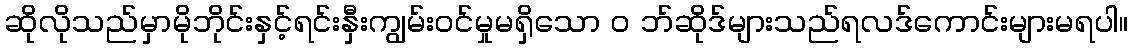
ဆိုလိုသည်မှာမိုဘိုင်းနှင့်ရင်းနှီးကျွမ်းဝင်မှုမရှိသော ၀ ဘ်ဆိုဒ်များသည်ရလဒ်ကောင်းများမရပါ။